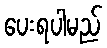
ပေးရပါမည်